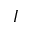
{ \cal I }